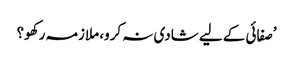
’صفائی کے لیے شادی نہ کرو، ملازمہ رکھو؟